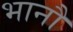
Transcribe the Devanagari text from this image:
भानौ